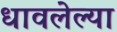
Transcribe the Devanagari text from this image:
धावलेल्या